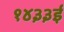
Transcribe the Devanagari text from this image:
१४३३ई